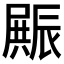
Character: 𮝿